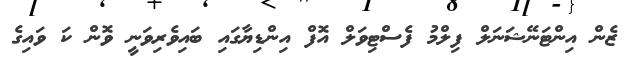
ޒެން އިންޓަނޭޝަނަލް ފިލްމު ފެސްޓިވަލް އޮފް އިންޑިޔާގައި ބައިވެރިވަނީ ވޮން ކަ ވައިގެ